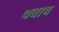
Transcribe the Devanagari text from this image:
थवाय